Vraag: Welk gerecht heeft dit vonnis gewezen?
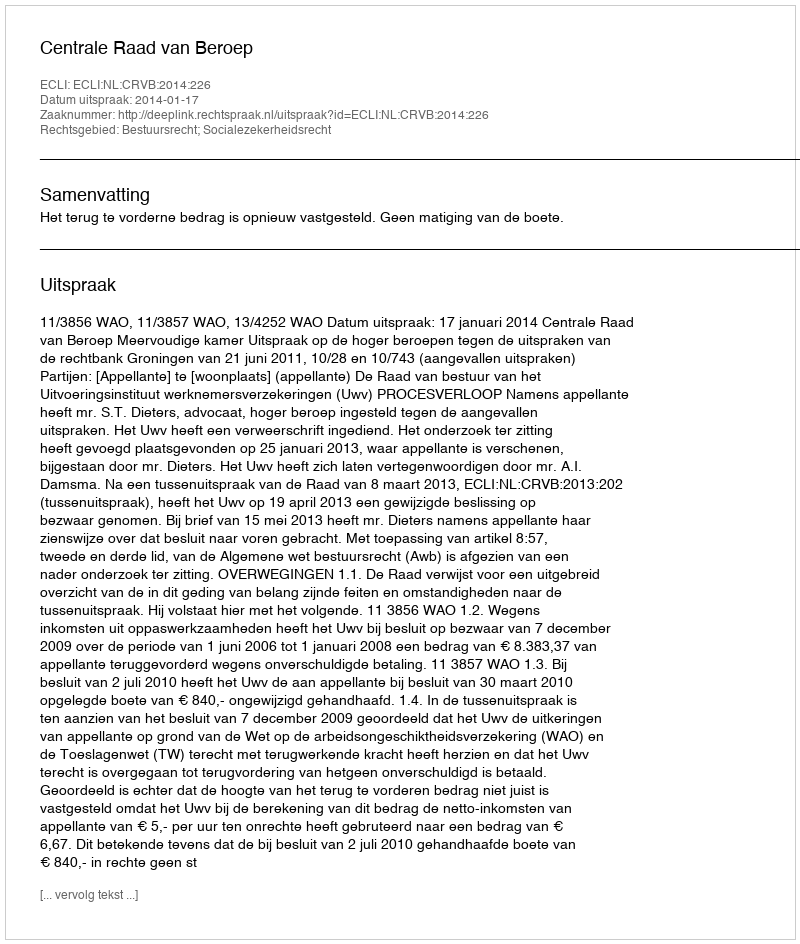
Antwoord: Centrale Raad van Beroep